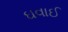
ઘવાઈ